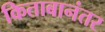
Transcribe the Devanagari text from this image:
किताबानंतर